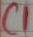
Text: C1